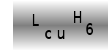
Text: LcuH6